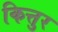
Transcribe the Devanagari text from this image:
कित्तुर